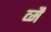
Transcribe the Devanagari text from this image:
व्मैं